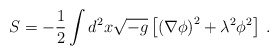
\begin{align*}S=-{1\over2}\int d^2x\sqrt{-g}\left[\left(\nabla\phi\right)^2+\lambda^2\phi^2\right]\>.\end{align*}